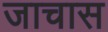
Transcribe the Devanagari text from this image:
जाचास